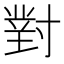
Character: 對